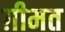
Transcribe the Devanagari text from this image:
ग़ीमत